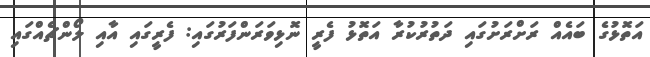
އަތޮޅުގެ ބައެއް ރަށްރަށުގައި ދަތުރުކުރާ އަތޮޅު ފެރީ ނޮޅިވަރަންފަރުގައި: ފެރީގައި އާއި ލޯންޗެއްގައި